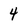
Character: 4